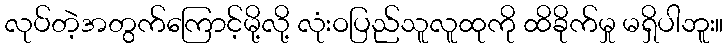
လုပ်တဲ့အတွက်ကြောင့်မို့လို့ လုံးဝပြည်သူလူထုကို ထိခိုက်မှု မရှိပါဘူး။